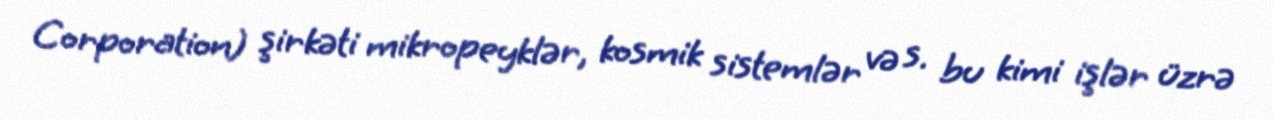
Corporation) şirkəti mikropeyklər, kosmik sistemlər və s. bu kimi işlər üzrə